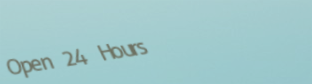
Open 24 Hours